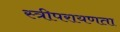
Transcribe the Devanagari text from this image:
स्त्रीपरायणता